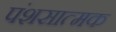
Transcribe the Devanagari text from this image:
पंशसात्मक